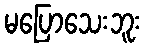
မပြောသေးဘူး